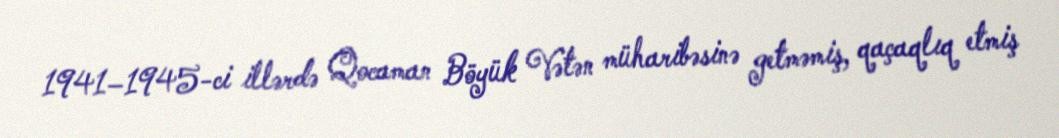
1941–1945-ci illərdə Qocaman Böyük Vətən müharibəsinə getməmiş, qaçaqlıq etmiş